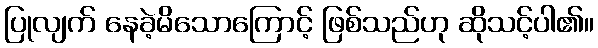
ပြုလျက် နေခဲ့မိသောကြောင့် ဖြစ်သည်ဟု ဆိုသင့်ပါ၏။